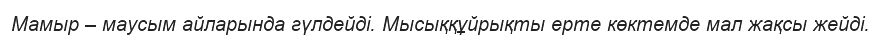
Мамыр – маусым айларында гүлдейді. Мысыққұйрықты ерте көктемде мал жақсы жейді.